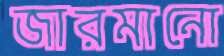
জারমানো